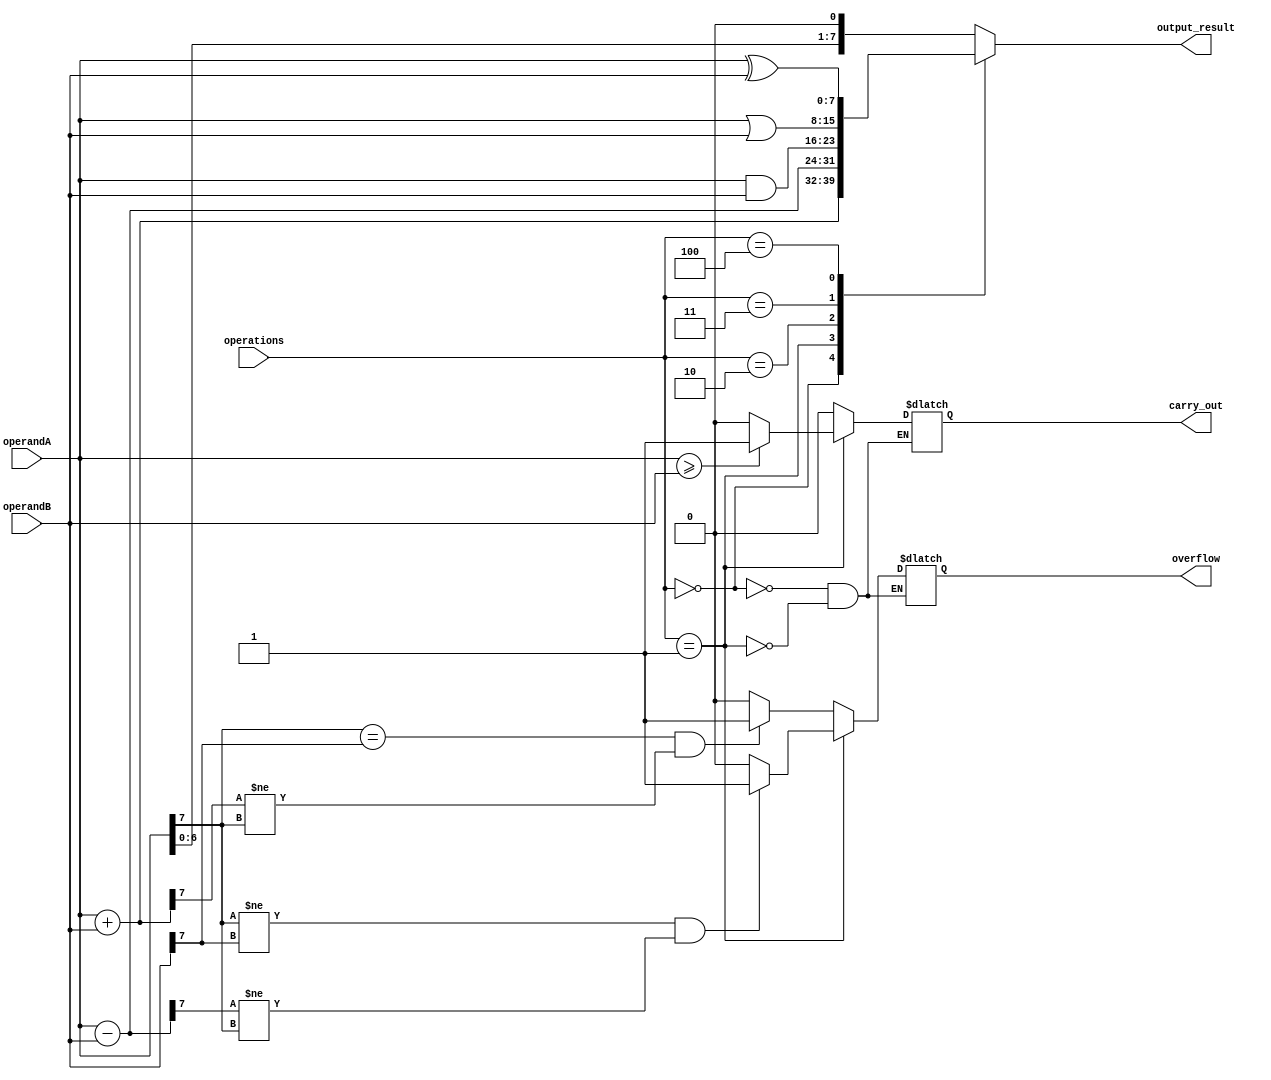
module ALU (
    input [7:0] operandA,
    input [7:0] operandB,
    input [2:0] operations,
    output reg [7:0] output_result,
    output reg carry_out,
    output reg overflow
);

reg [7:0] sum_result;
reg [7:0] sub_result;
reg [7:0] and_result;
reg [7:0] or_result;
reg [7:0] xor_result;
reg [7:0] shift_result;

always @(*)
begin
    case(operations)
        3'b000: begin // Addition
            sum_result = operandA + operandB;
            carry_out = (sum_result[8] == 1) ? 1 : 0;
            overflow = (operandA[7] == operandB[7] && sum_result[7] != operandA[7]) ? 1 : 0;
            output_result = sum_result;
        end
        3'b001: begin //Subtraction
            sub_result = operandA - operandB;
            carry_out = (operandA >= operandB) ? 1 : 0;
            overflow = (operandA[7] != operandB[7] && sub_result[7] != operandA[7]) ? 1 : 0;
            output_result = sub_result;
        end
        3'b010: begin //Bitwise AND
            and_result = operandA & operandB;
            output_result = and_result;
        end
        3'b011: begin //Bitwise OR
            or_result = operandA | operandB;
            output_result = or_result;
        end
        3'b100: begin //Bitwise XOR
            xor_result = operandA ^ operandB;
            output_result = xor_result;
        end
        default: begin //Shift left by 1 bit
            shift_result = {operandA[6:0], 1'b0};
            output_result = shift_result;
        end
    endcase
end

endmodule